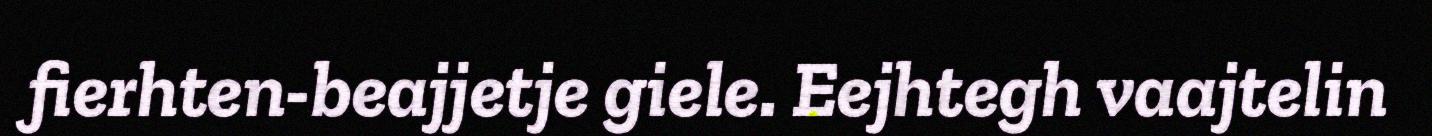
fierhten-beajjetje giele. Eejhtegh vaajtelin